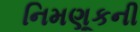
નિમણૂકની